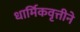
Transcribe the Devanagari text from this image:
धार्मिकवृत्तीने